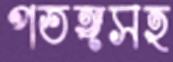
পতঙ্গসহ